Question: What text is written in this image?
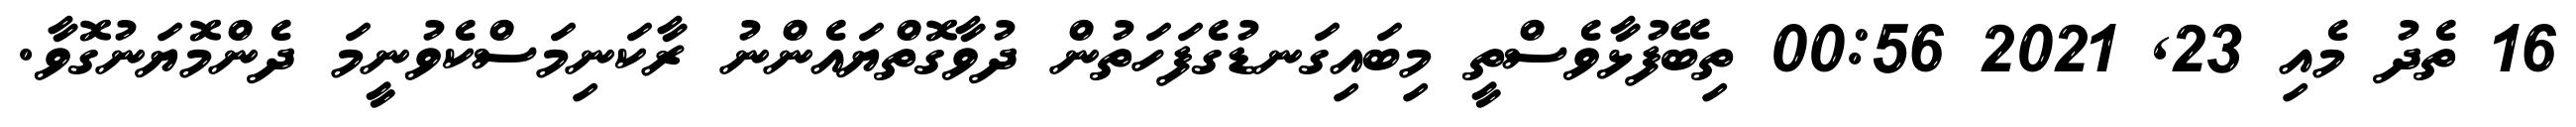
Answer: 16 ތެދު މެއި 23, 2021 00:56 ތިބޭފުޅާވެސްތީ މިބައިގަނޑުގެފަހަތުން ދުވާގޮތްޔައެންނު ރާކަނިމަސްކެވުނީމަ ދެންމޮޔަނުގޮވާ.